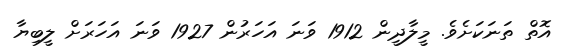
އޮތް ތަނަކަށެވެ. މީލާދީން 1912 ވަނަ އަހަރުން 1927 ވަނަ އަހަރަށް ލީބިޔާ